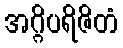
အဂ္ဂိပရိဇိတံ